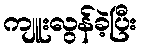
ကျူးလွန်ခဲ့ပြီး